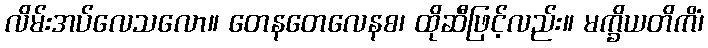
လိမ်းအပ်လေသလော။ တေနတေလေနစ၊ ထိုဆီဖြင့်လည်း။ မက္ခိယတိကိံ၊